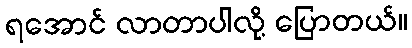
ရအောင် လာတာပါလို့ ပြောတယ်။